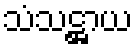
သံသဋ္ဌာယ